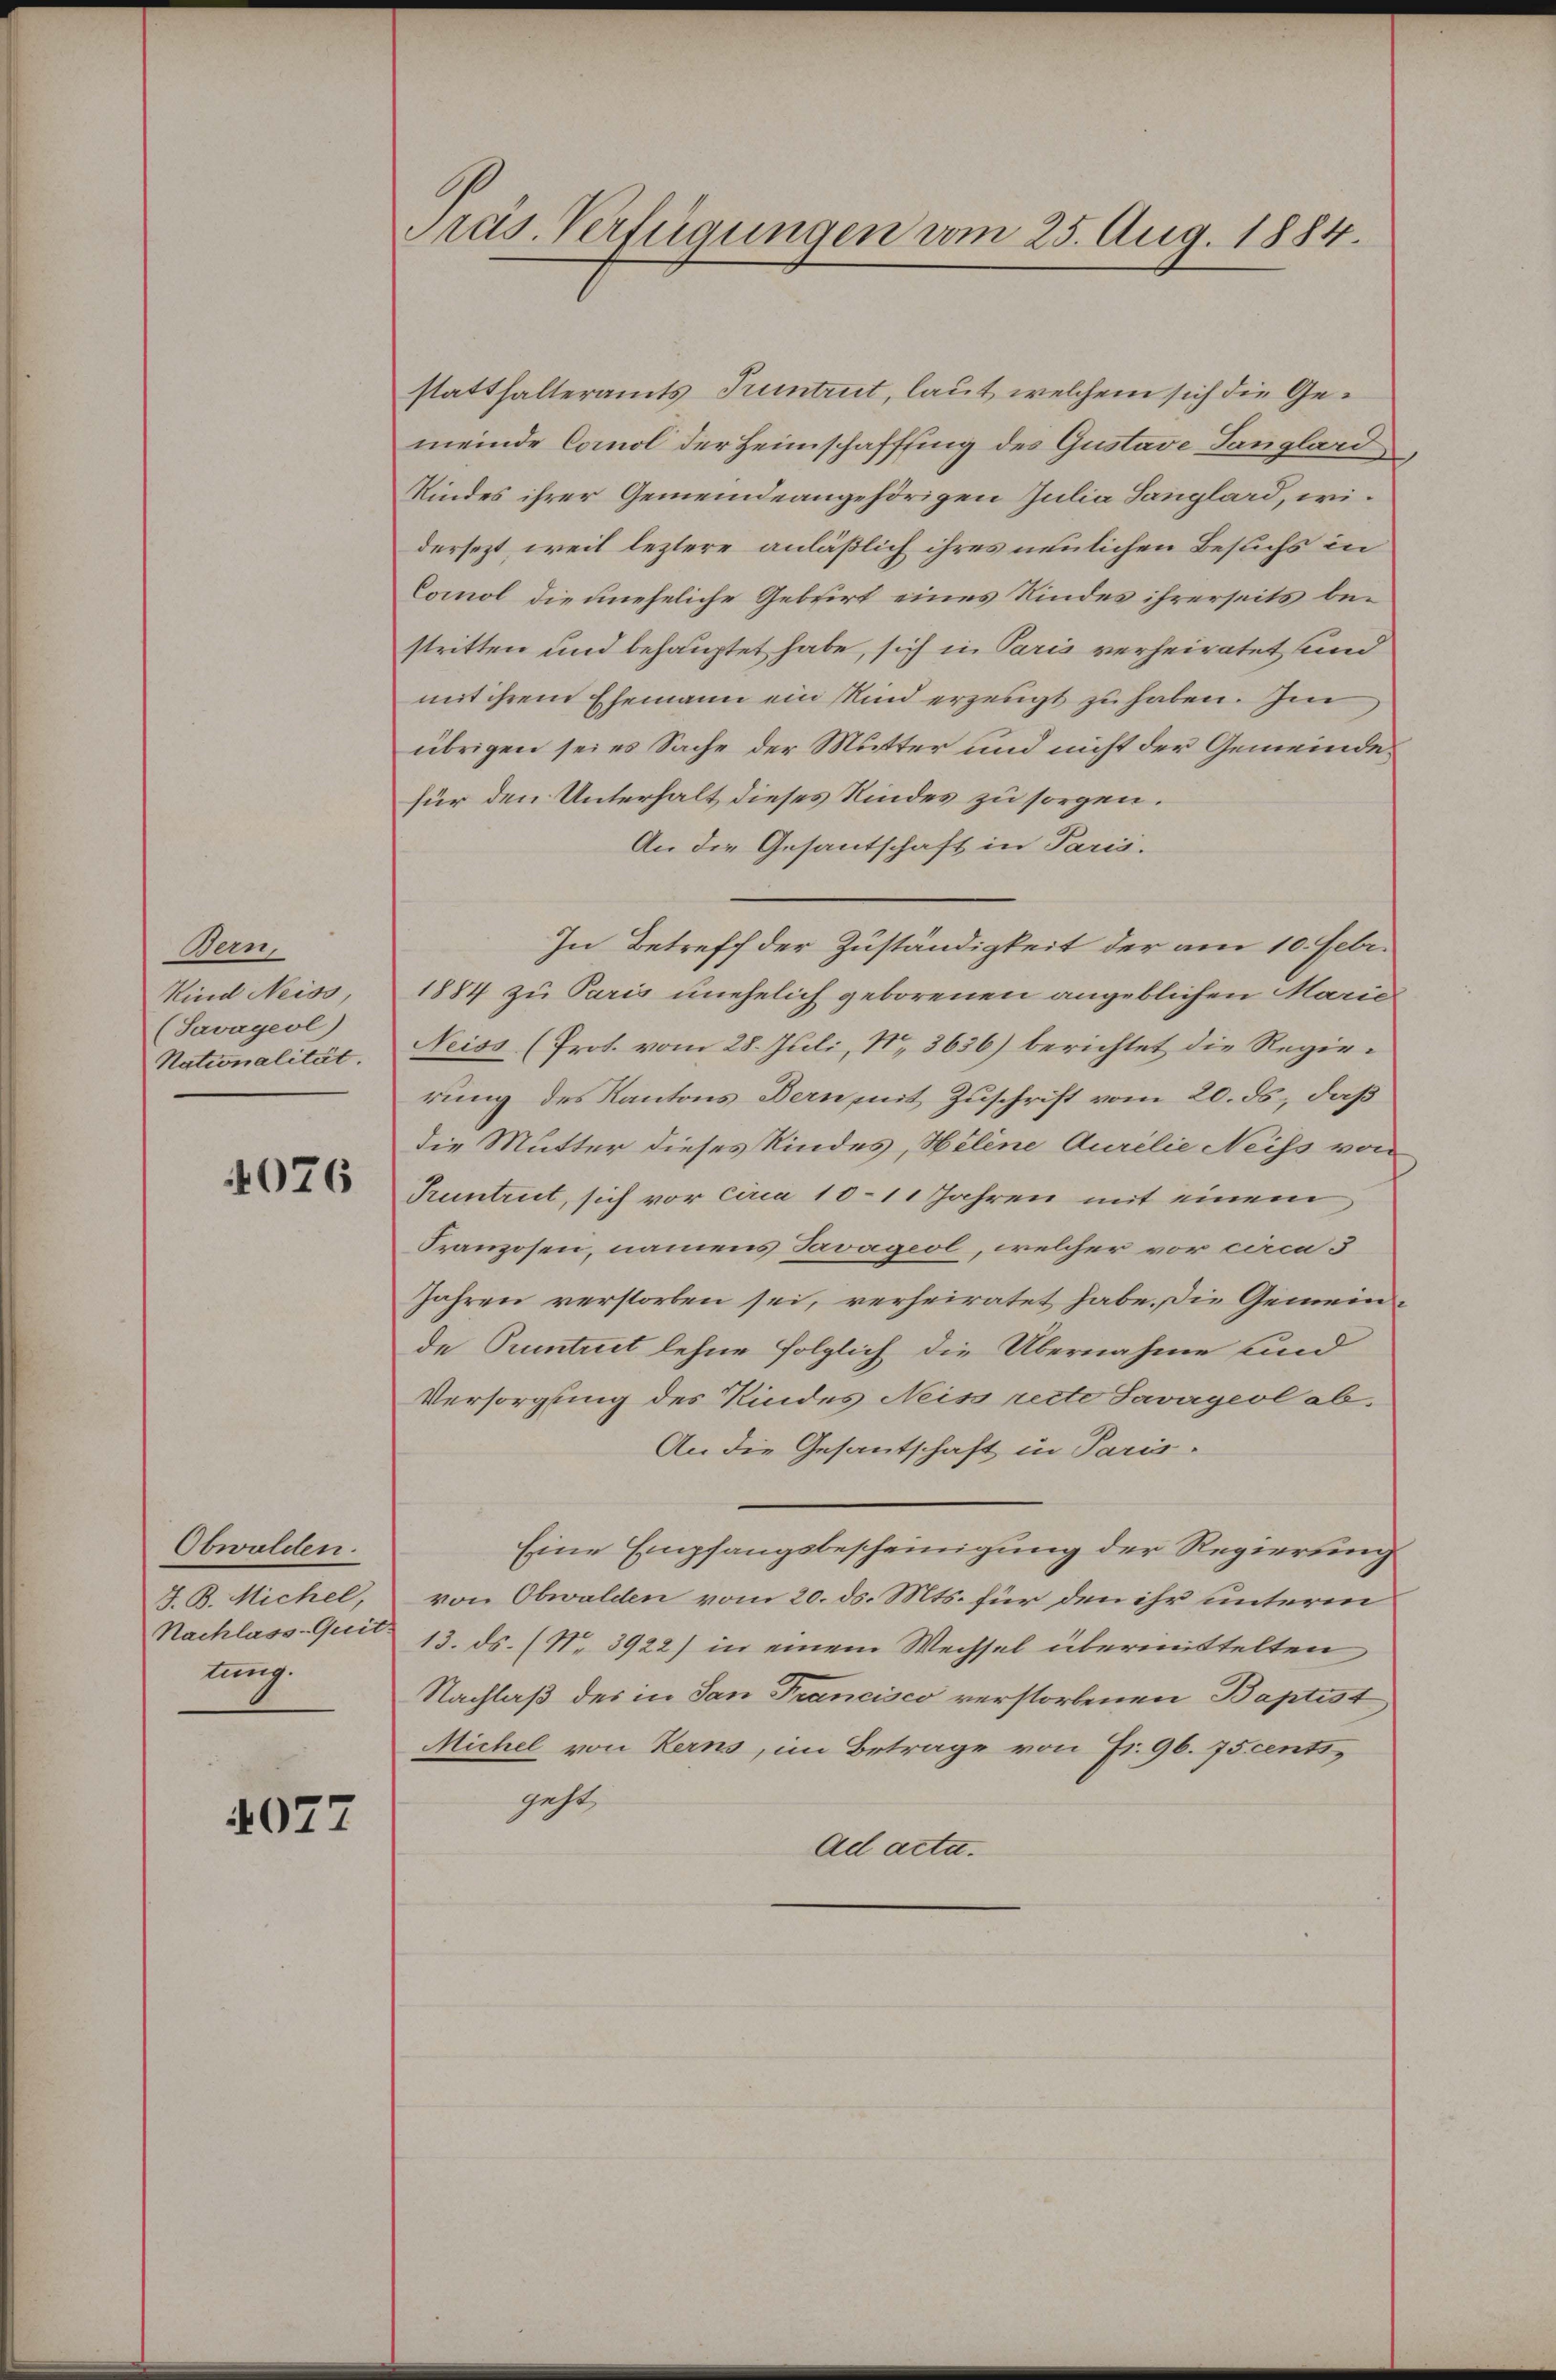
Bem,
Kind Neiss,
(Savageol)
Nationalität.

4076

Obwalden.
J. B. Michel,
Nachlass-Quit.
tung.

4077

Präs. Verfügungen vom 25. Aug. 1884.

statthalteramts Truntrut, laut, welchem sich die Gemeinde Comol der Heimschaffung des Gustave Langhard
Kindes ihrer Gemeindeangehörigen Julia Langlard, widersezt, weil leztere anläßlich ihres neulichen Besuchs in
Comol die uneheliche Gebrirt eines Kindes ihrerseits bestritten und behauptet habe, sich in Paris verheiratet und
mit ihrem Ehemann ein Kind erzeugt zu haben. Im
übrigen sei es Sache der Mutter und nicht der Gemeinde
für den Unterhalt dieses Kindes zu sorgen.
An die Gesantschaft in Paris.
In Betreff der Zuständigkeit der am 10. Febr.
1884 zu Paris unehelich geborenen angeblichen Marie
Neiss (Prot. vom 28. Juli, No 3636) berichtet die Regierung des Kantons Bern mit Zuschrift vom 20. ds., daß
die Mutter dieses Kindes, Helene Aurelie Neiss von
Pruntrut, sich vor circa 10–11 Jahren mit einem
Franzosen, namens Tavageol, welcher vor circa 3
Jahren verstorben sei, verheiratet habe. Die Gemeinde Pruntrut lehne folglich die Übernahme sind
Versorgung des Kindes Neiss rette Javageol ab-
An die Gesantschaft in Paris.
Eine Empfangsbescheinigung der Regierung
von Obwalden vom 20. ds. Mts. für den ihr unterm
13. ds. (No. 3922) in einem Wechsel übermittelten
Nachlaß des in San Francisco verstorbenen Baptist
Michel von Kerns, im Betrage von Fr. 96. 75centi,
geht,
Ad acta.